Madras plague regulations in force outside the Presidency town - Volume 3
Disease focus: Plague
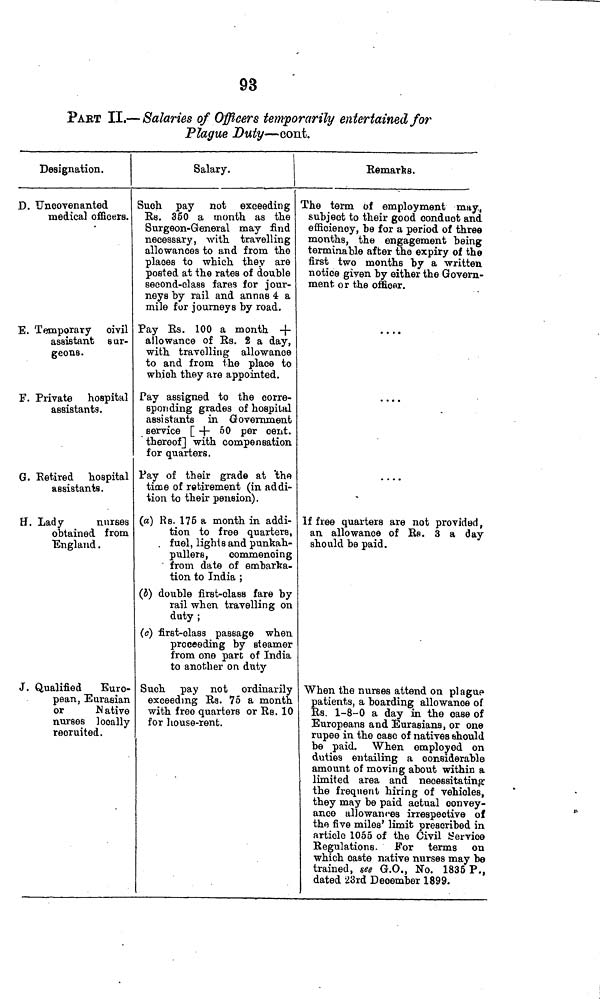
93
PAET II.— Salaries of Officers temporarily entertained for
Plague Duty—cont.
Designation.
D. TJncovenanted
medical officers.
E. Temporary oivil
assistant sur-
geons.
F. Private hospital
assistants.
G. Retired hospital
assistants.
H. Lady
nurses
obtained from
"England .
J. Qualified
Euro-
pean, Eurasian
or
N ative
nurses locally
recruited.
Salary.
Such pay not exceeding
Us. 350 a month as the
Surgeon-General may find
necessary, with travelling
allowances to and from the
places to which they are
posted at the rates of double
second-class fares for jour-
neys by rail and annas 4 a
mile for journeys by road.
Pay Es. 100 a month -|-
allowance of Us. 2 a day,
with travelling allowance
to and from the place to
which they are appointed.
Pay assigned to the corre-
sponding grades of hospital
assistants in Government
service [ + 50 per cent.
thereof] with compensation
for quarters.
Pay of their grade at "the
time of retirement (in addi-
tion to their pension).
(a) R s. 175 a month in addi-
tion to free quarters,
. fuel, lights and punkah-
pullers,
commencing
from date of embarka-
tion to India ;
(a) double first-class fare by
rail when travelling on
duty ;
(o) first-class passage when
proceeding by steamer
from one part of India
to another on duty
Such pay not ordinarily
exceeding Us. 75 a month
with free quarters or Us. 10
for house-rent.
Remarks.
Che term of employment may.,
subject to their good conduct and
efficiency, be for a period of three
months, the engagement being
terminable after the expiry of the
first two months by a written
notice given by either the Govern-
ment or the officer.
. . * •
....
" * *
If free quarters are not provided ,
an allowance of Ra. 3 a day
should be paid.
When the nurses attend on pi ague
patients, a boarding allowance of
Rs. 1-8-0 a day in the case of
Europeans and Eurasians, or one
rupee in the case of natives should
be paid. When employed on
duties entailing a considerable
amount of moving about within a
limited area and necessitating-
the frequent hiring of vehicles,
they may be paid actual convey-
ance allowances irrespective of
the five miles' limit prescribed in
article 1055 of the Civil Service
Regulations. For terms on
which caste native nurses may be
trained, see G.O., No. 1835 P.,
dated 23rd December 1899.